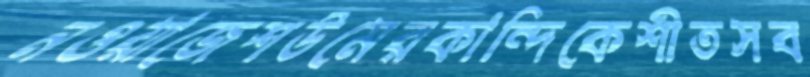
নওয়াজেশউমেরকান্দিকেশীতসব